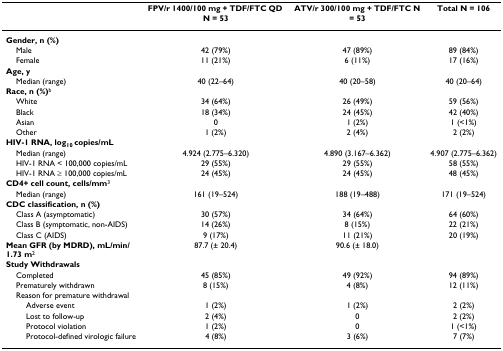
<table><thead><tr><td></td><td><b>FPV/r 1400/100 mg + TDF/FTC QD N = 53</b></td><td><b>ATV/r 300/100 mg + TDF/FTC N = 53</b></td><td><b>Total N = 106</b></td></tr></thead><tbody><tr><td><b>Gender, n (%)</b></td><td></td><td></td><td></td></tr><tr><td> Male</td><td>42 (79%)</td><td>47 (89%)</td><td>89 (84%)</td></tr><tr><td> Female</td><td>11 (21%)</td><td>6 (11%)</td><td>17 (16%)</td></tr><tr><td><b>Age, y</b></td><td></td><td></td><td></td></tr><tr><td> Median (range)</td><td>40 (22–64)</td><td>40 (20–58)</td><td>40 (20–64)</td></tr><tr><td><b>Race, n (%)</b><sup>b</sup></td><td></td><td></td><td></td></tr><tr><td> White</td><td>34 (64%)</td><td>26 (49%)</td><td>59 (56%)</td></tr><tr><td> Black</td><td>18 (34%)</td><td>24 (45%)</td><td>42 (40%)</td></tr><tr><td> Asian</td><td>0</td><td>1 (2%)</td><td>1 (&lt;1%)</td></tr><tr><td> Other</td><td>1 (2%)</td><td>2 (4%)</td><td>2 (2%)</td></tr><tr><td><b>HIV-1 RNA, log<sub>10 </sub>copies/mL</b></td><td></td><td></td><td></td></tr><tr><td> Median (range)</td><td>4.924 (2.775–6.320)</td><td>4.890 (3.167–6.362)</td><td>4.907 (2.775–6.362)</td></tr><tr><td> HIV-1 RNA &lt; 100,000 copies/mL</td><td>29 (55%)</td><td>29 (55%)</td><td>58 (55%)</td></tr><tr><td> HIV-1 RNA ≥ 100,000 copies/mL</td><td>24 (45%)</td><td>24 (45%)</td><td>48 (45%)</td></tr><tr><td><b>CD4+ cell count, cells/mm</b><sup>3</sup></td><td></td><td></td><td></td></tr><tr><td> Median (range)</td><td>161 (19–524)</td><td>188 (19–488)</td><td>171 (19–524)</td></tr><tr><td><b>CDC classification, n (%)</b></td><td></td><td></td><td></td></tr><tr><td> Class A (asymptomatic)</td><td>30 (57%)</td><td>34 (64%)</td><td>64 (60%)</td></tr><tr><td> Class B (symptomatic, non-AIDS)</td><td>14 (26%)</td><td>8 (15%)</td><td>22 (21%)</td></tr><tr><td> Class C (AIDS)</td><td>9 (17%)</td><td>11 (21%)</td><td>20 (19%)</td></tr><tr><td><b>Mean GFR (by MDRD), mL/min/1.73 m</b><sup>2</sup></td><td>87.7 (± 20.4)</td><td>90.6 (± 18.0)</td><td></td></tr><tr><td><b>Study Withdrawals</b></td><td></td><td></td><td></td></tr><tr><td> Completed</td><td>45 (85%)</td><td>49 (92%)</td><td>94 (89%)</td></tr><tr><td> Prematurely withdrawn</td><td>8 (15%)</td><td>4 (8%)</td><td>12 (11%)</td></tr><tr><td> Reason for premature withdrawal</td><td></td><td></td><td></td></tr><tr><td>Adverse event</td><td>1 (2%)</td><td>1 (2%)</td><td>2 (2%)</td></tr><tr><td>Lost to follow-up</td><td>2 (4%)</td><td>0</td><td>2 (2%)</td></tr><tr><td>Protocol violation</td><td>1 (2%)</td><td>0</td><td>1 (&lt;1%)</td></tr><tr><td>Protocol-defined virologic failure</td><td>4 (8%)</td><td>3 (6%)</td><td>7 (7%)</td></tr></tbody></table>